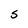
Character: S